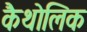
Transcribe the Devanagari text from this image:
कैथोलिक